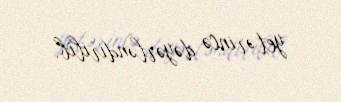
yetərincə dəyərləndirilib.